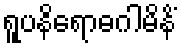
ရူပနိရောဓဂါမိနိံ